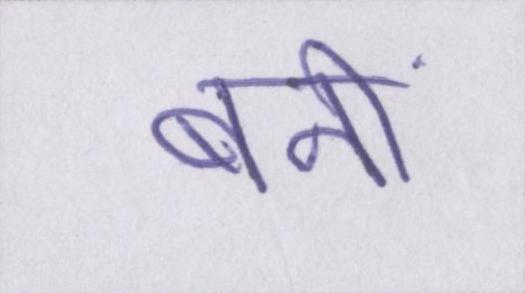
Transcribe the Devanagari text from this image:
बनीं